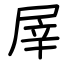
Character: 屖